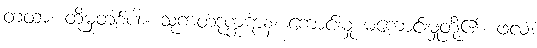
တထာ၊ ထိုမှတစ်ပါး။ သုကတဒုက္ကဋာနံ၊ ကောင်းမှု မကောင်းမှုတို့၏။ ဖလံ၊